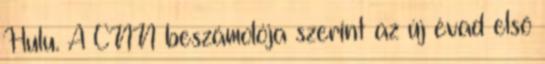
Hulu. A CNN beszámolója szerint az új évad első